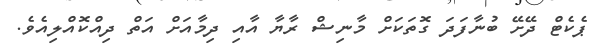
ޕެކެޓް ދޭށޭ ބުނާފަދަ ގޮތަކަށް މާނިޝް ރާޔާ އާއި ދިމާއަށް އަތް ދިއްކޮއްލިއެވެ.